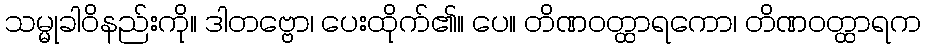
သမ္မုခါဝိနည်းကို။ ဒါတဗ္ဗော၊ ပေးထိုက်၏။ ပေ။ တိဏဝတ္ထာရကော၊ တိဏဝတ္ထာရက